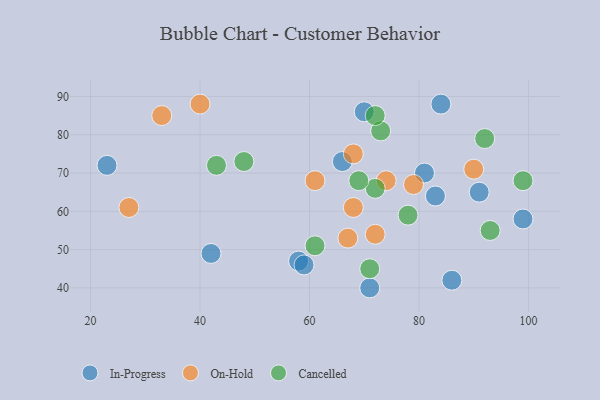
{"axis": {"x": "GDP", "y": "Life Expectancy"}, "legend": ["Cancelled", "In-Progress", "On-Hold"], "data": [{"x": "70", "y": 86, "type": "In-Progress"}, {"x": "84", "y": 88, "type": "In-Progress"}, {"x": "66", "y": 73, "type": "In-Progress"}, {"x": "86", "y": 42, "type": "In-Progress"}, {"x": "42", "y": 49, "type": "In-Progress"}, {"x": "58", "y": 47, "type": "In-Progress"}, {"x": "23", "y": 72, "type": "In-Progress"}, {"x": "59", "y": 46, "type": "In-Progress"}, {"x": "99", "y": 58, "type": "In-Progress"}, {"x": "71", "y": 40, "type": "In-Progress"}, {"x": "81", "y": 70, "type": "In-Progress"}, {"x": "91", "y": 65, "type": "In-Progress"}, {"x": "83", "y": 64, "type": "In-Progress"}, {"x": "27", "y": 61, "type": "On-Hold"}, {"x": "68", "y": 61, "type": "On-Hold"}, {"x": "79", "y": 67, "type": "On-Hold"}, {"x": "90", "y": 71, "type": "On-Hold"}, {"x": "74", "y": 68, "type": "On-Hold"}, {"x": "68", "y": 75, "type": "On-Hold"}, {"x": "67", "y": 53, "type": "On-Hold"}, {"x": "61", "y": 68, "type": "On-Hold"}, {"x": "40", "y": 88, "type": "On-Hold"}, {"x": "33", "y": 85, "type": "On-Hold"}, {"x": "72", "y": 54, "type": "On-Hold"}, {"x": "71", "y": 45, "type": "Cancelled"}, {"x": "78", "y": 59, "type": "Cancelled"}, {"x": "73", "y": 81, "type": "Cancelled"}, {"x": "72", "y": 66, "type": "Cancelled"}, {"x": "93", "y": 55, "type": "Cancelled"}, {"x": "69", "y": 68, "type": "Cancelled"}, {"x": "72", "y": 85, "type": "Cancelled"}, {"x": "92", "y": 79, "type": "Cancelled"}, {"x": "48", "y": 73, "type": "Cancelled"}, {"x": "43", "y": 72, "type": "Cancelled"}, {"x": "61", "y": 51, "type": "Cancelled"}, {"x": "99", "y": 68, "type": "Cancelled"}]}